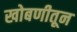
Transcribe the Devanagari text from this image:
खोबणीतून